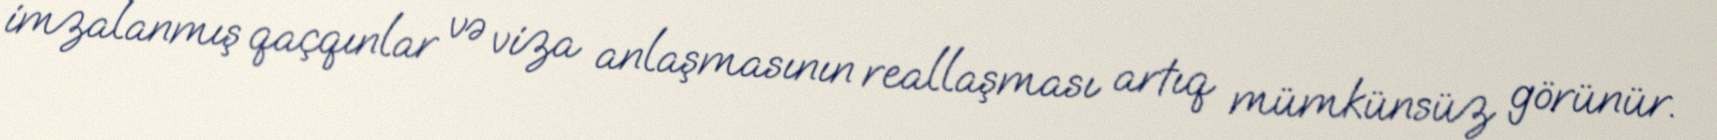
imzalanmış qaçqınlar və viza anlaşmasının reallaşması artıq mümkünsüz görünür.